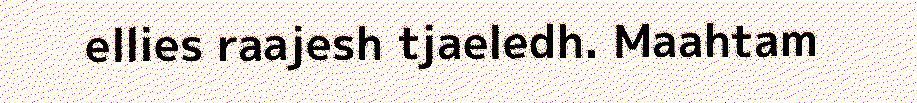
ellies raajesh tjaeledh. Maahtam